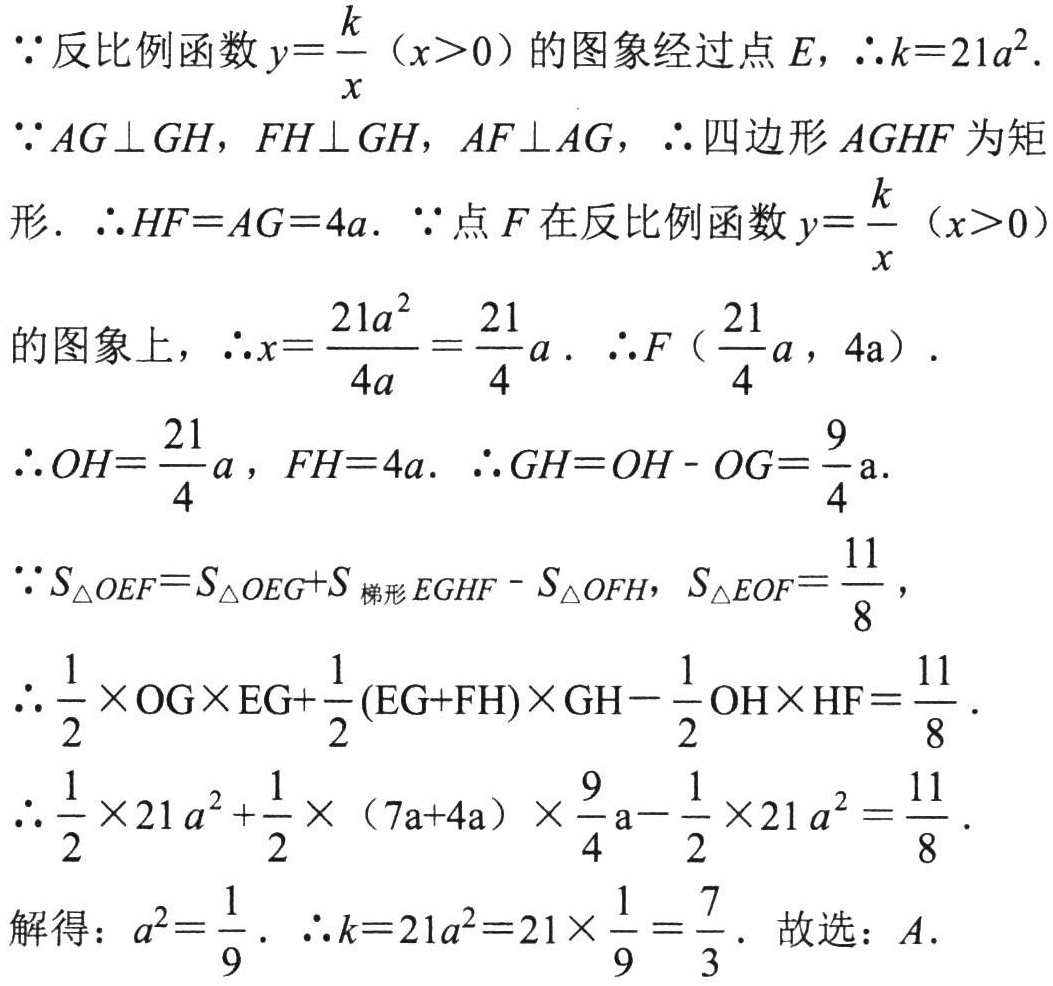
\(\because\)反比例函数\(y = \frac{k}{x}(x>0)\)的图象经过点\(E\)，\(\therefore k = 21a^{2}\).

\(\because AG\perp GH\)，\(FH\perp GH\)，\(AF\perp AG\)，\(\therefore\)四边形\(AGHF\)为矩形. \(\therefore HF = AG = 4a\). \(\because\)点\(F\)在反比例函数\(y = \frac{k}{x}(x>0)\)

的图象上，\(\therefore x=\frac{21a^{2}}{4a}=\frac{21}{4}a\). \(\therefore F(\frac{21}{4}a,4a)\).

\(\therefore OH=\frac{21}{4}a\)，\(FH = 4a\). \(\therefore GH = OH - OG=\frac{9}{4}a\).

\(\because S_{\triangle OEF}=S_{\triangle OEG}+S_{梯形EGHF}-S_{\triangle OFH}\)，\(S_{\triangle EOF}=\frac{11}{8}\)，

\(\therefore\frac{1}{2}\times OG\times EG+\frac{1}{2}(EG + FH)\times GH-\frac{1}{2}OH\times HF=\frac{11}{8}\).

\(\therefore\frac{1}{2}\times21a^{2}+\frac{1}{2}\times(7a + 4a)\times\frac{9}{4}a-\frac{1}{2}\times21a^{2}=\frac{11}{8}\).

解得：\(a^{2}=\frac{1}{9}\). \(\therefore k = 21a^{2}=21\times\frac{1}{9}=\frac{7}{3}\). 故选：\(A\).